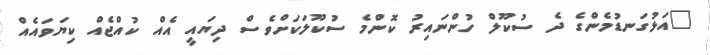
"އަޅުގަނޑުމެންގެ ދެ ސުކޫލް ހުންނައިރު ކޮންމެ ސުކޫލަކަށްވެސް ދިޔައީ އެއް ކުއްޖެއް ކިޔަވައެއް